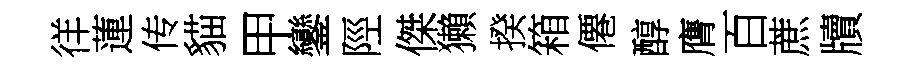
徉蓮传貓甲鑾陘傑獺揆箱僊醇膺百蔗牘